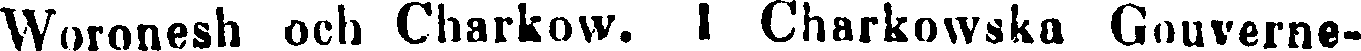
Woronesh och Charkow. I Charkowska Gouverne-